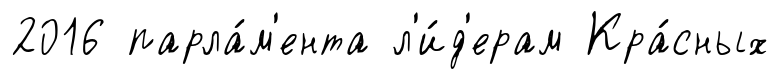
2016 парла́м'ента л'и́д'ерам Кра́сных